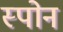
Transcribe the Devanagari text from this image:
स्पोन